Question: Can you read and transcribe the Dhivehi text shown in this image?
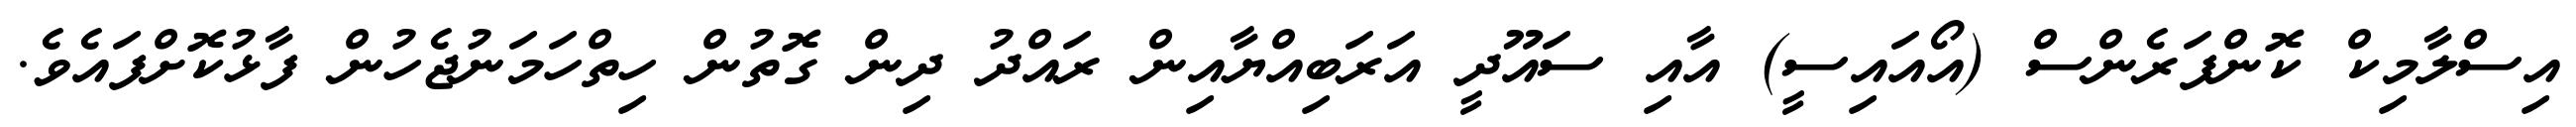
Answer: އިސްލާމިކް ކޮންފަރެންސް (އޯއައިސީ) އާއި ސައޫދީ އަރަބިއްޔާއިން ރައްދު ދިން ގޮތުން ހިތްހަމަނުޖެހުން ފާޅުކޮށްފައެވެ.